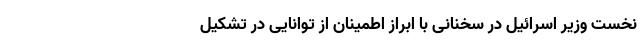
نخست وزیر اسرائیل در سخنانی با ابراز اطمینان از توانایی در تشکیل